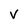
Character: V